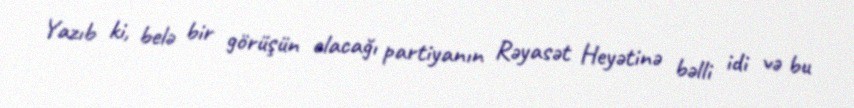
Yazıb ki, belə bir görüşün olacağı partiyanın Rəyasət Heyətinə bəlli idi və bu